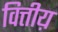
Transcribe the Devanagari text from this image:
वित्तीय़